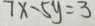
7 x - 5 y = 3